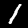
Label: 1